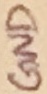
Text: GND